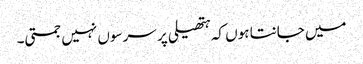
میں جانتا ہوں کہ ہتھیلی پر سرسوں نہیں جمتی۔